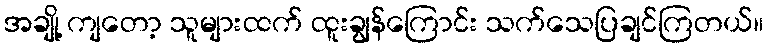
အချို့ ကျတော့ သူများထက် ထူးချွန်ကြောင်း သက်သေပြချင်ကြတယ်။